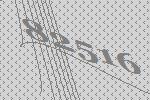
82516